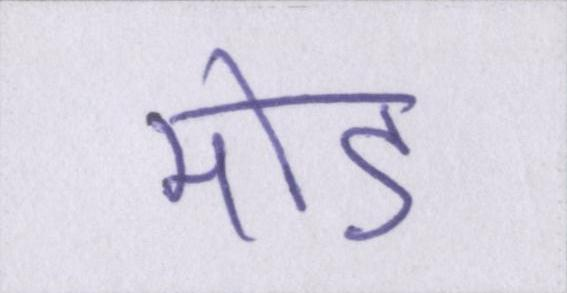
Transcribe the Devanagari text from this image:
मोड़